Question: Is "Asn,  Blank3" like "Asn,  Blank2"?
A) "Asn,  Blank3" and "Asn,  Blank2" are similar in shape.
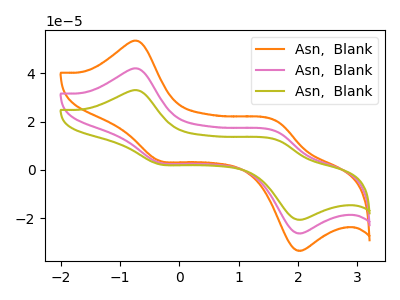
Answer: <think>The orange curve "Asn,  Blank1" has anodic peaks at (-0.70V, 83.95uA) (1.65V, 31.55uA) and cathodic peaks at (-0.35V, 5.90uA) (1.95V, -52.20uA). The pink curve "Asn,  Blank2" has anodic peaks at (-0.70V, 41.95uA) (1.65V, 15.75uA) and cathodic peaks at (-0.35V, 2.95uA) (1.95V, -26.10uA). The olive curve "Asn,  Blank3" has anodic peaks at (-0.70V, 32.95uA) (1.65V, 12.40uA) and cathodic peaks at (-0.35V, 2.30uA) (1.95V, -20.50uA).
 All the peaks in "Asn,  Blank3" have a peak in "Asn,  Blank2" at the same potential.</think>
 <answer>A) "Asn,  Blank3" and "Asn,  Blank2" are similar in shape.</answer>
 <eval>A</eval>